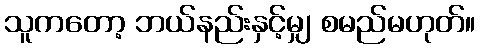
သူကတော့ ဘယ်နည်းနှင့်မျှ စမည်မဟုတ်။